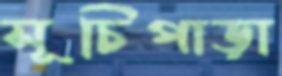
সূচিপাড়া